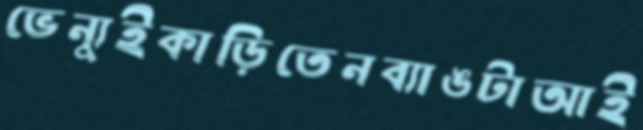
ভেন্যুইকাড়িতেনব্যাঙটাআই